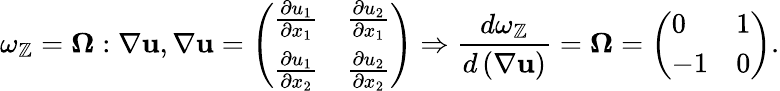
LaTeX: \omega_{\mathbb{Z}}=\mathbf{{\Omega}}:\nabla\mathbf{{u}},\nabla\mathbf{{u}}=\left(\begin{array}{ll}{\frac{\partial u_{1}}{\partial x_{1}}}&{\frac{\partial u_{2}}{\partial x_{1}}}\\ {\frac{\partial u_{1}}{\partial x_{2}}}&{\frac{\partial u_{2}}{\partial x_{2}}}\end{array}\right)\Rightarrow\frac{{d\omega_{\mathbb{Z}}}}{{d\left(\nabla\mathbf{{u}}\right)}}=\mathbf{{\Omega}}=\left(\begin{array}{ll}{0}&{1}\\ {-1}&{0}\end{array}\right).